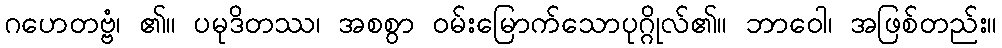
ဂဟေတဗ္ဗံ၊ ၏။ ပမုဒိတဿ၊ အစစွာ ဝမ်းမြောက်သောပုဂ္ဂိုလ်၏။ ဘာဝေါ၊ အဖြစ်တည်း။